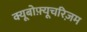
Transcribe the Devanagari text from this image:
क्यूबोफ़्यूचरिज़म